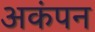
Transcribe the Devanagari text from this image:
अकंपन